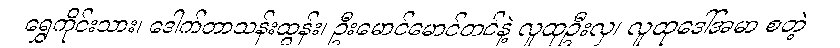
ရွှေကိုင်းသား၊ ဒေါက်တာသန်းထွန်း၊ ဦးမောင်မောင်တင်နဲ့ လူထုဦးလှ၊ လူထုဒေါ်အမာ စတဲ့